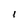
Character: I